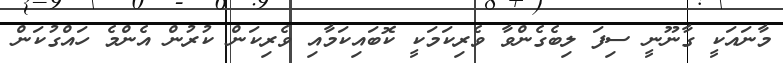
މާނައަކީ ގާނޫނީ ސިފަ ލިބެގެންވާ ވެރިކަމަކީ ކޮބައިކަމާއި ވެރިކަން ކުރުން އެންމެ ހައްގުކަން